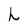
Character: h